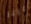
علينا